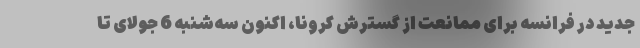
جدید در فرانسه برای ممانعت از گسترش کرونا، اکنون سه‌شنبه 6 جولای تا